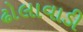
ઢોલાવાડી